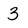
Character: 3